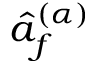
\hat { a } _ { f } ^ { ( \alpha ) }